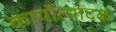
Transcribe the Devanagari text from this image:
कार्योत्पादक